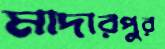
মাদারপুর